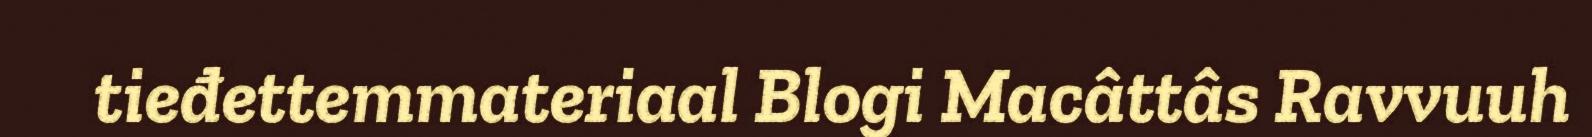
tieđettemmateriaal Blogi Macâttâs Ravvuuh